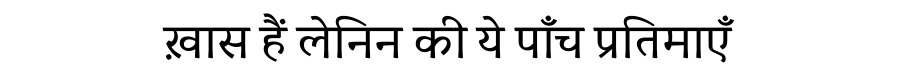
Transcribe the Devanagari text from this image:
ख़ास हैं लेनिन की ये पाँच प्रतिमाएँ